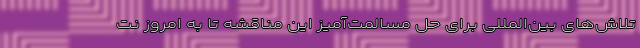
تلاش‌های بین‌المللی برای حل مسالمت‌آمیز این مناقشه تا به امروز نت